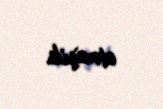
etmişik.